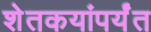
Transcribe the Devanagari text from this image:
शेतकयांपर्यंत